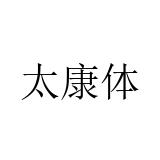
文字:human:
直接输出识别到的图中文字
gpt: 太康体